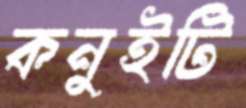
কনুইটি